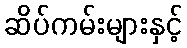
ဆိပ်ကမ်းများနှင့်